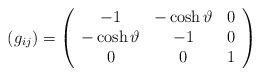
\begin{align*}(g_{ij}) = \left(\begin{array}{ccc} -1 & - \cosh \vartheta & 0 \\ - \cosh \vartheta & -1 & 0 \\ 0 & 0 & 1 \end{array} \right)\end{align*}